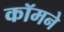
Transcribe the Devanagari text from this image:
कॉमने